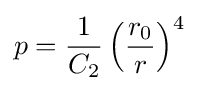
p={\frac {1}{C_{2}}}\left({\frac {r_{0}}{r}}\right)^{4}